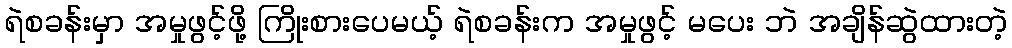
ရဲစခန်းမှာ အမှုဖွင့်ဖို့ ကြိုးစားပေမယ့် ရဲစခန်းက အမှုဖွင့် မပေး ဘဲ အချိန်ဆွဲထားတဲ့